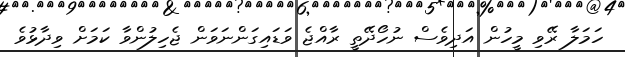
ހަމަލާ ރޭވި މީހުން އަދިވެސް ނުހޯދޭތީ ރާއްޖެ ވަޑައިގަންނަވަން ޖެހިލުންވާ ކަމަށް ވިދާޅުވެ